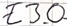
Text: E3.0